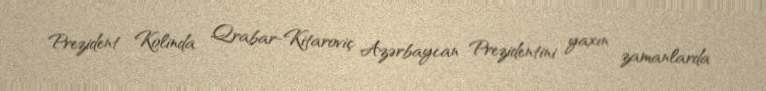
Prezident Kolinda Qrabar-Kitaroviç Azərbaycan Prezidentini yaxın zamanlarda